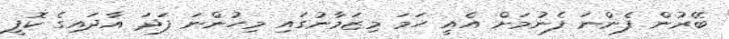
ބޭރުން ފެންނަ ފެނުމަށް އެއީ ހަމަ މިޒަމާނުގައި މިހުންނަ ފަދަ އާދައިގެ ކޮފީ